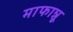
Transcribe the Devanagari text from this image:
माफान्नू